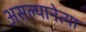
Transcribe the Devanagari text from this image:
असल्यानेत्या